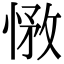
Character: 𢝽